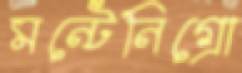
মন্টেনিগ্রো